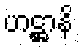
ဟဋ္ဌာနိ